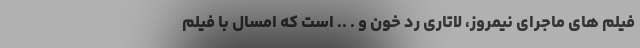
فیلم های ماجرای نیمروز، لاتاری رد خون و . .. است که امسال با فیلم